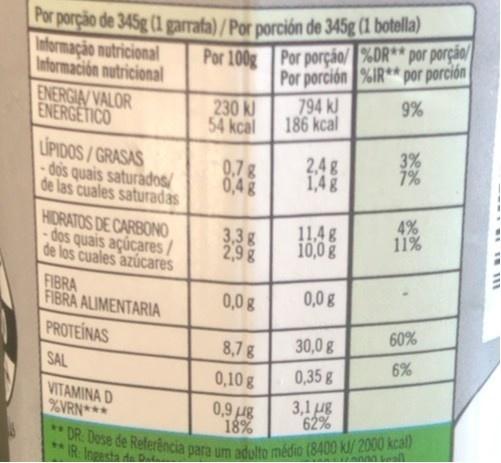
Por porção de 345g (1 garrata)/Por porción de 345g (1 botella) Informação nutricional Información nutricional ENERGIA/VALOR ENERGETICO
Por 100g Por porção/ %DR** por porção Por porción %IR* por porción 9%
230 k 54 kcal
794 kJ 186 kcal
LIPIDOS/ GRASAS đos quais saturados/ de las cuales saturadas
0.7g 0,4g
2,4 g 1,4g
3% 7%
4% 11%
HIDRATOS DE CARBONO
dos quais açúcares/ de los cuales azúcares
3,3g 2,9g
11,4g 10,0 g
FIBRA FIBRA ALIMENTARIA
0,0g
0,0g
PROTEINAS
30,0g
60%
8,7g
SAL
6%
0,10 g
0,35g
VITAMINA D %VRN***
0,9 g 18%
3,1 ug 62%
*DR. Dose de Relerência para um adulto médio (8400 kl/2000 kcal)
*IR Ingesta ds D